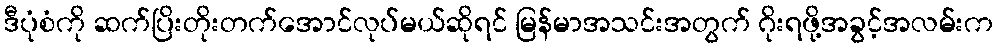
ဒီပုံစံကို ဆက်ပြိးတိုးတက်အောင်လုပ်မယ်ဆိုရင် မြန်မာအသင်းအတွက် ဂိုးရဖို့အခွင့်အလမ်းက